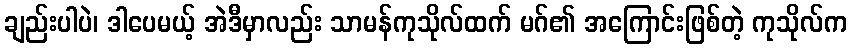
ချည်းပါပဲ၊ ဒါပေမယ့် အဲဒီမှာလည်း သာမန်ကုသိုလ်ထက် မဂ်၏ အကြောင်းဖြစ်တဲ့ ကုသိုလ်က